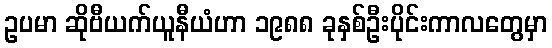
ဥပမာ ဆိုဗီယက်ယူနီယံဟာ ၁၉၈၈ ခုနှစ်ဦးပိုင်းကာလတွေမှာ